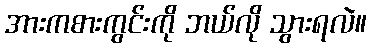
အားကစားကွင်းကို ဘယ်လို သွားရလဲ။